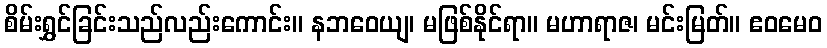
စိမ်းရွှင်ခြင်းသည်လည်းကောင်း။ နဘဝေယျ၊ မဖြစ်နိုင်ရာ။ မဟာရာဇ၊ မင်းမြတ်။ ဧဝမေဝ